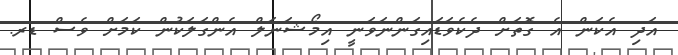
އަދި އެކަން އެ ގޮތަށް ދެކެވަޑައިގަންނަވަނީ އިމޯޝަނަލް އެންގަލަކުން ކަމަށް ވެސް ޑރ.